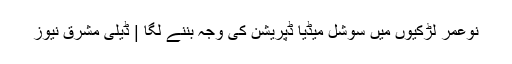
نوعمر لڑکیوں میں سوشل میڈیا ڈپریشن کی وجہ بننے لگا | ڈیلی مشرق نیوز